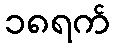
၁၈ရက်